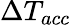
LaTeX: \Delta T_{acc}